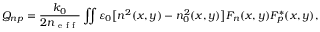
Q _ { n p } = \frac { k _ { 0 } } { 2 n _ { \mathrm { ~ e ~ f ~ f ~ } } } \iint \varepsilon _ { 0 } \big [ n ^ { 2 } ( x , y ) - n _ { 0 } ^ { 2 } ( x , y ) \big ] F _ { n } ( x , y ) F _ { p } ^ { * } ( x , y ) ,